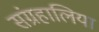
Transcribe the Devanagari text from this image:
संग्रहालिया